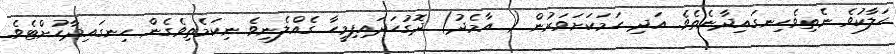
ހަލާކުވެ ނެތިވެހިނގައިދާނެތެވެ. އަދި ހަމަކަށަވަރުން ( އާމެދު) ދޮގުހަދައިފިމީހާ ގެއްލެނިވެ ނިކަމެތިވެގެން ހިނގައިދާހުށްޓެވެ.